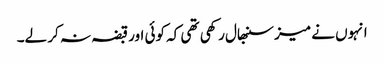
انہوں نے میز سنبھال رکھی تھی کہ کوئی اور قبضہ نہ کر لے۔